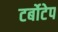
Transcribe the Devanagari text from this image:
टर्बोटेप